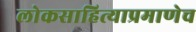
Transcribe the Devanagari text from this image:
लोकसाहित्याप्रमाणेच